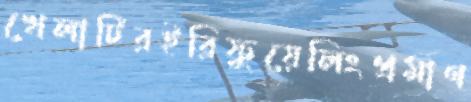
খেলাটিরইরিফুয়েলিংপ্রমাণ